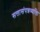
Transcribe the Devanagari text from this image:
सत्तासंपन्नव्यक्ति